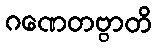
ဂဏေတဗ္ဗာတိ